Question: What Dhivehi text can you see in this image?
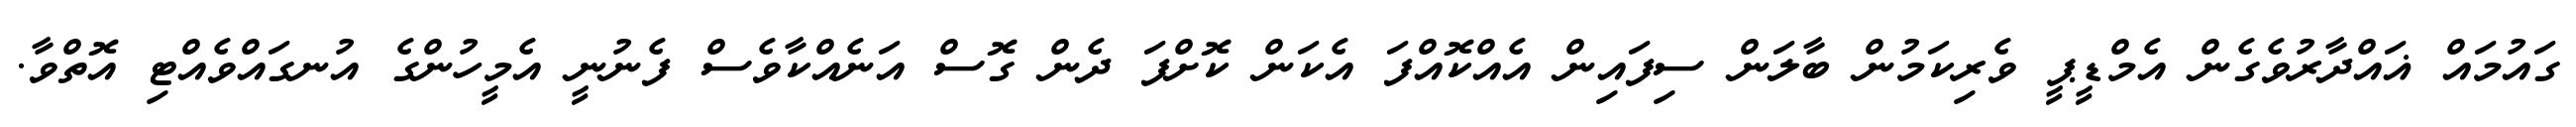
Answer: ގައުމައް ޣައްދާރުވެގެން އެމްޑީޕީ ވެރިކަމުން ބާލަން ސިފައިން އެއްކޮއްފަ އެކަން ކޮށްފަ ދެން ގޮސް އަނެއްކާވެސް ފެނުނީ އެމީހުންގެ އުނގައްވެއްޓި އޮތްވާ.